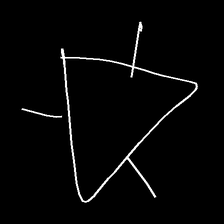
Glyph: fire